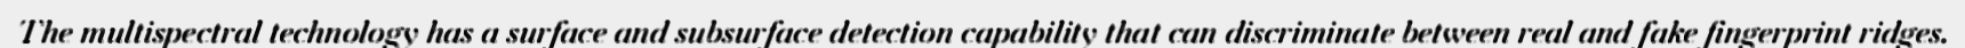
The multispectral technology has a surface and subsurface detection capability that can discriminate between real and fake fingerprint ridges.